Bréfritari: Sigríður Hallsdóttir
Viðtakandi: Jón Borgfirðings Jónsson
Dagsetning: A-1859-03-15
Skrifað á: Syðra-Vallholti  Skag.

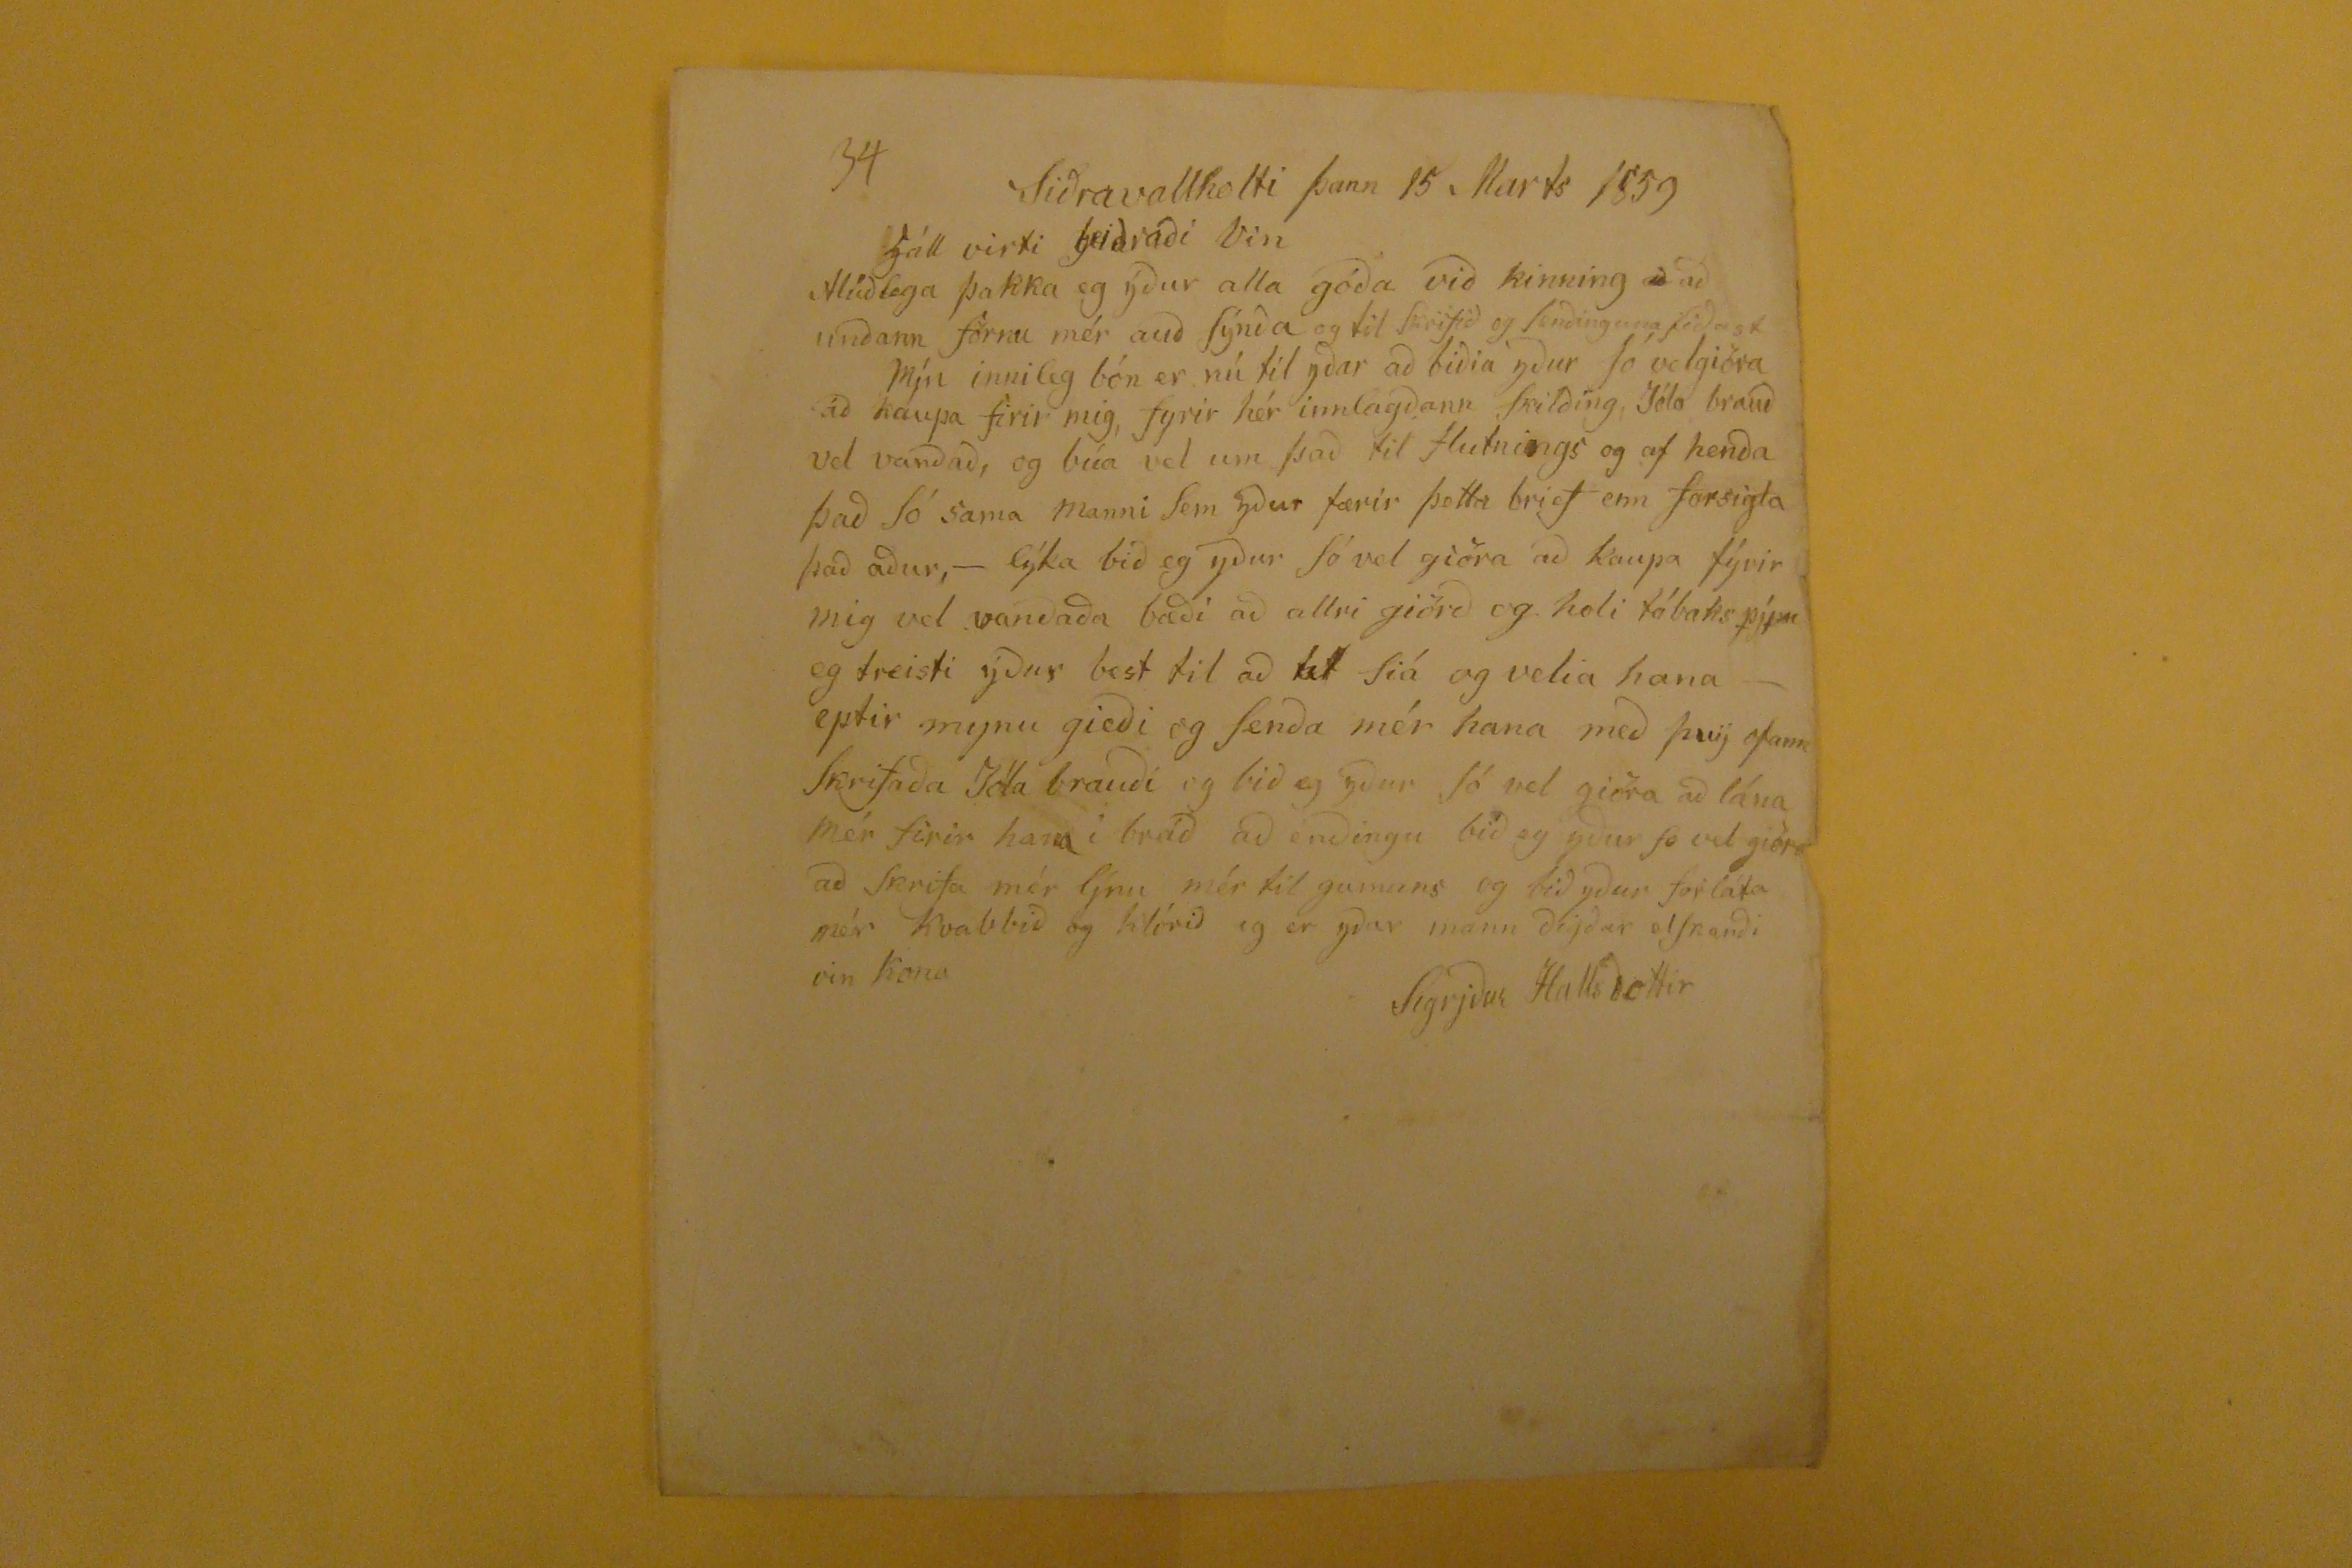

Siðravallholti þann 15 Marts 1859
Hátt virti heiðraði Vin
Alúðlega þakka eg ýður alla góða við kinning
að
að unðann förnu mér auð sýnða og til skrifið og senðinguna siðast Mín innileg bón er nú til yðar að biðia yður só velgiöra að kaupa firir mig, fyrir hér innlagðann skilðing, Jóla brauð vel vaðað, og búa vel um það itl flutnings og af henða það só sama manni sem yður færir þetta brief enn forsigla það aður,- lýka bið eg yður só vel giöra að kaupa fýrir mig vel vanðað bæði að allri giörð og holi tóbakspýpu eg treisti yður best til að
út
siá og velia hana - eptir mynu gieði og senða mér hana með þvý ofann skrifaða Jóla brauði og bið eg yður só vel giöra að lána mér firir hana í bráð að enðingu bið eg yður so vel giöra að skrifa mér ljnu mér til gamans og bið yður forláta mér kvabbið og klórið eg er yðar mann ðigðar elskanði vin kona
Sigrjður Hallðottir